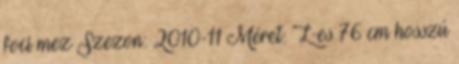
foci mez Szezon: 2010-11 Méret: L-es 76 cm hosszú